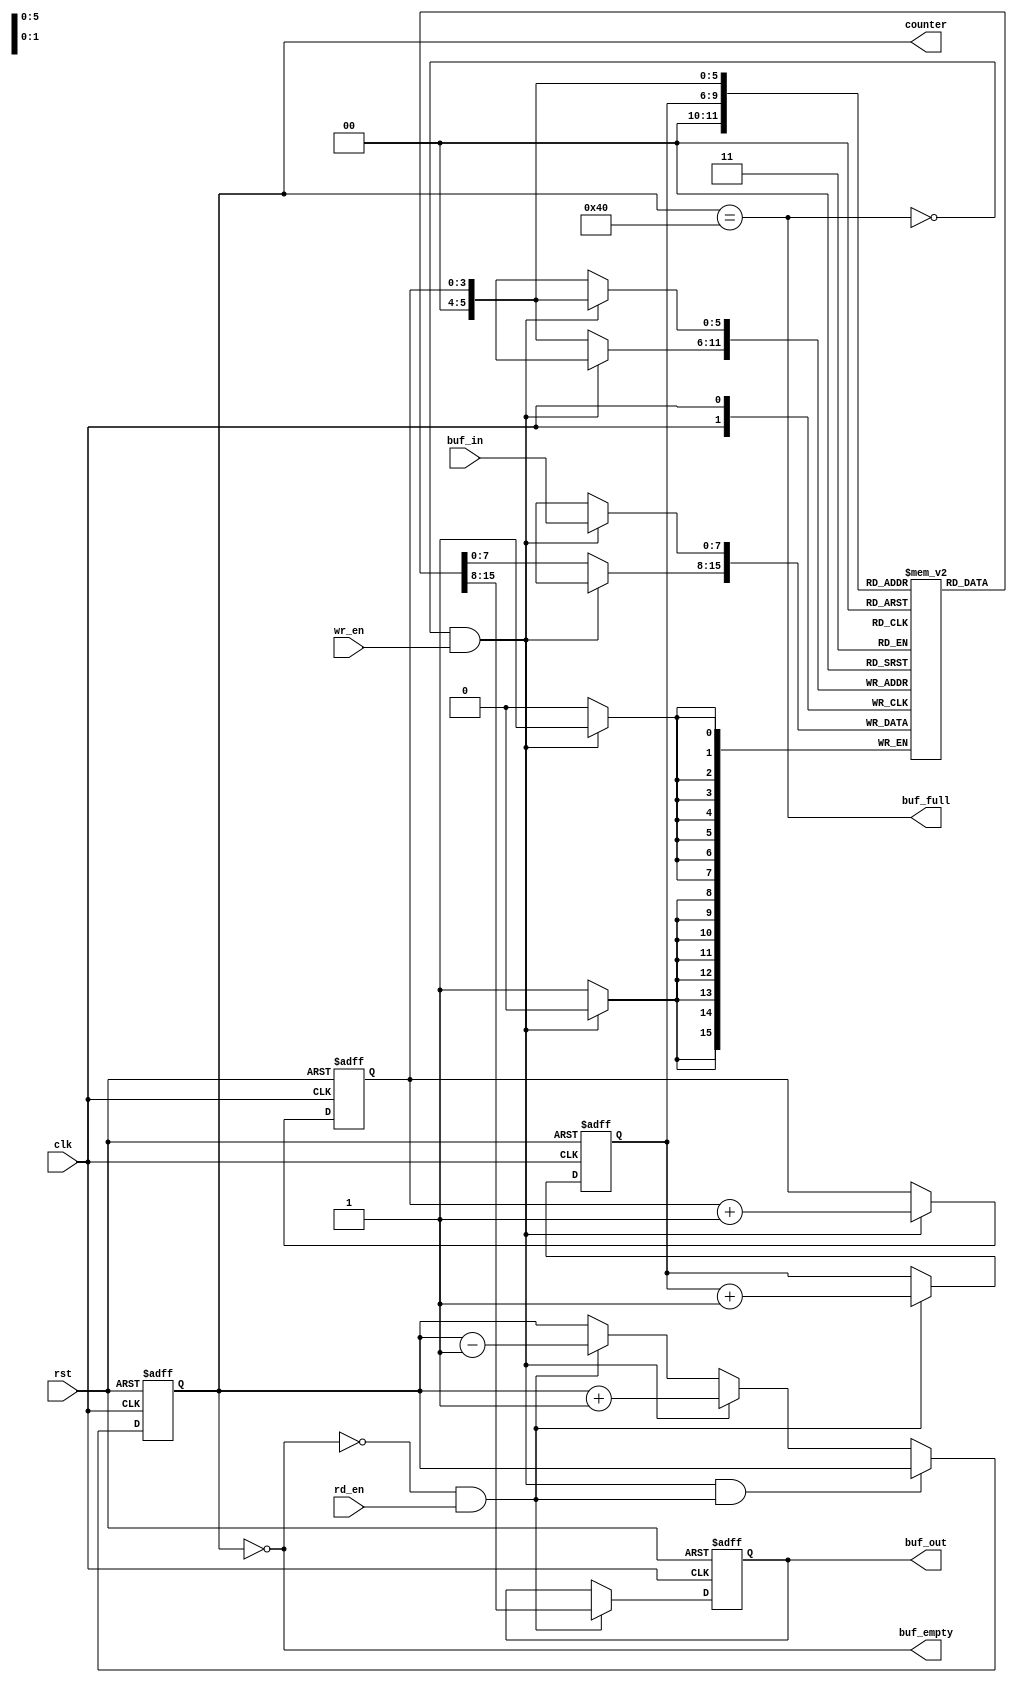
`timescale 1ns / 1ps
//________________________________________________________________________________________________________________________________//
//                                               64byte Cyclic FIFO buffer                                                        //
//________________________________________________________________________________________________________________________________//


module FIFO(
clk, rst, buf_in, buf_out, wr_en, rd_en, buf_empty, buf_full, counter
    );

input rst, clk, wr_en, rd_en;
input [7:0] buf_in;
output reg [7:0] buf_out;
output reg buf_empty, buf_full;
output reg [6:0] counter;

reg [3:0] rd_ptr, wr_ptr;
reg [7:0] buf_mem [63:0];

//First alwayws block sets the status flags of buffer beign empty or full//
always@(counter)
begin
    buf_empty = (counter == 0 );
    buf_full = (counter == 64);
end

//This block calculates the counter based on which the writing position or reading position can be found along with finding overflow or underflow//
always@(posedge clk or posedge rst)
begin
    if(rst)
        counter <= 0;
    else if((!buf_full && wr_en)&&(!buf_empty && rd_en))
        counter <= counter;
    else if(!buf_full && wr_en)
        counter <= counter+1;
    else if(!buf_empty && rd_en)
        counter <= counter-1;
    else
        counter <= counter;
end

//Here the output from the buffer is obtained from the buffer memory//
always@(posedge clk or posedge rst)
begin
    if(rst)
        buf_out <= 0;
    else
    begin
        if(rd_en && !buf_empty)
            buf_out <= buf_mem[rd_ptr];
        else
            buf_out <= buf_out;
    end 
end

//Here the buffer takes input according to the conditions satisfied//
always @(posedge clk)
begin
    if(wr_en && !buf_full)
        buf_mem[wr_ptr] <= buf_in;
    else
        buf_mem[wr_ptr] <= buf_mem[wr_ptr];
end


//This block manages the read and write pointer using which the buffer is accessed//
always@(posedge clk or posedge rst)
begin
    if(rst)
    begin
        wr_ptr <= 0;
        rd_ptr <= 0;
    end
    else
    begin
        if(!buf_full && wr_en)
            wr_ptr <= wr_ptr + 1;
        else
            wr_ptr <= wr_ptr;
        if(!buf_empty && rd_en)
            rd_ptr <= rd_ptr + 1;
        else
            rd_ptr <= rd_ptr;
    end
end

endmodule